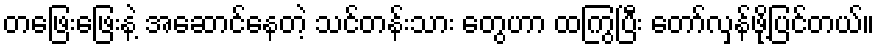
တဖြေးဖြေးနဲ့ အဆောင်နေတဲ့ သင်တန်းသား တွေဟာ ထကြွပြီး တော်လှန်ဖို့ပြင်တယ်။